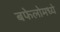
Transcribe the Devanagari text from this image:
बफेलोमध्ये